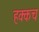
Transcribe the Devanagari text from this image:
हक्कच